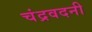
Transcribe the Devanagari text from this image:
चंद्रवदनी